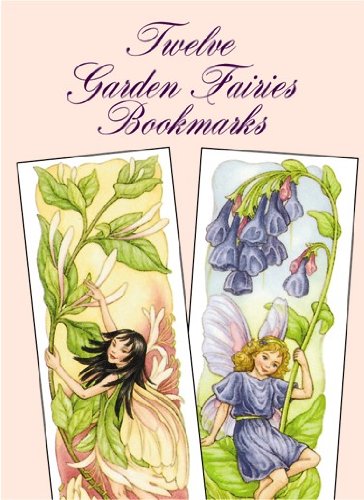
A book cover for Twelve Garden Fairies Bookmarks; Darcy May; Crafts, Hobbies & Home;